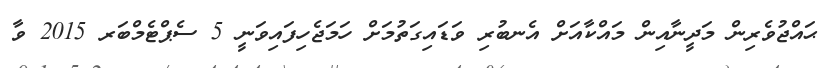
ޙައްޖުވެރިން މަދީނާއިން މައްކާއަށް އެނބުރި ވަޑައިގަތުމަށް ހަމަޖެހިފައިވަނީ 5 ސެޕްޓެމްބަރ 2015 ވާ